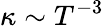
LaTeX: \kappa\sim T^{-3}